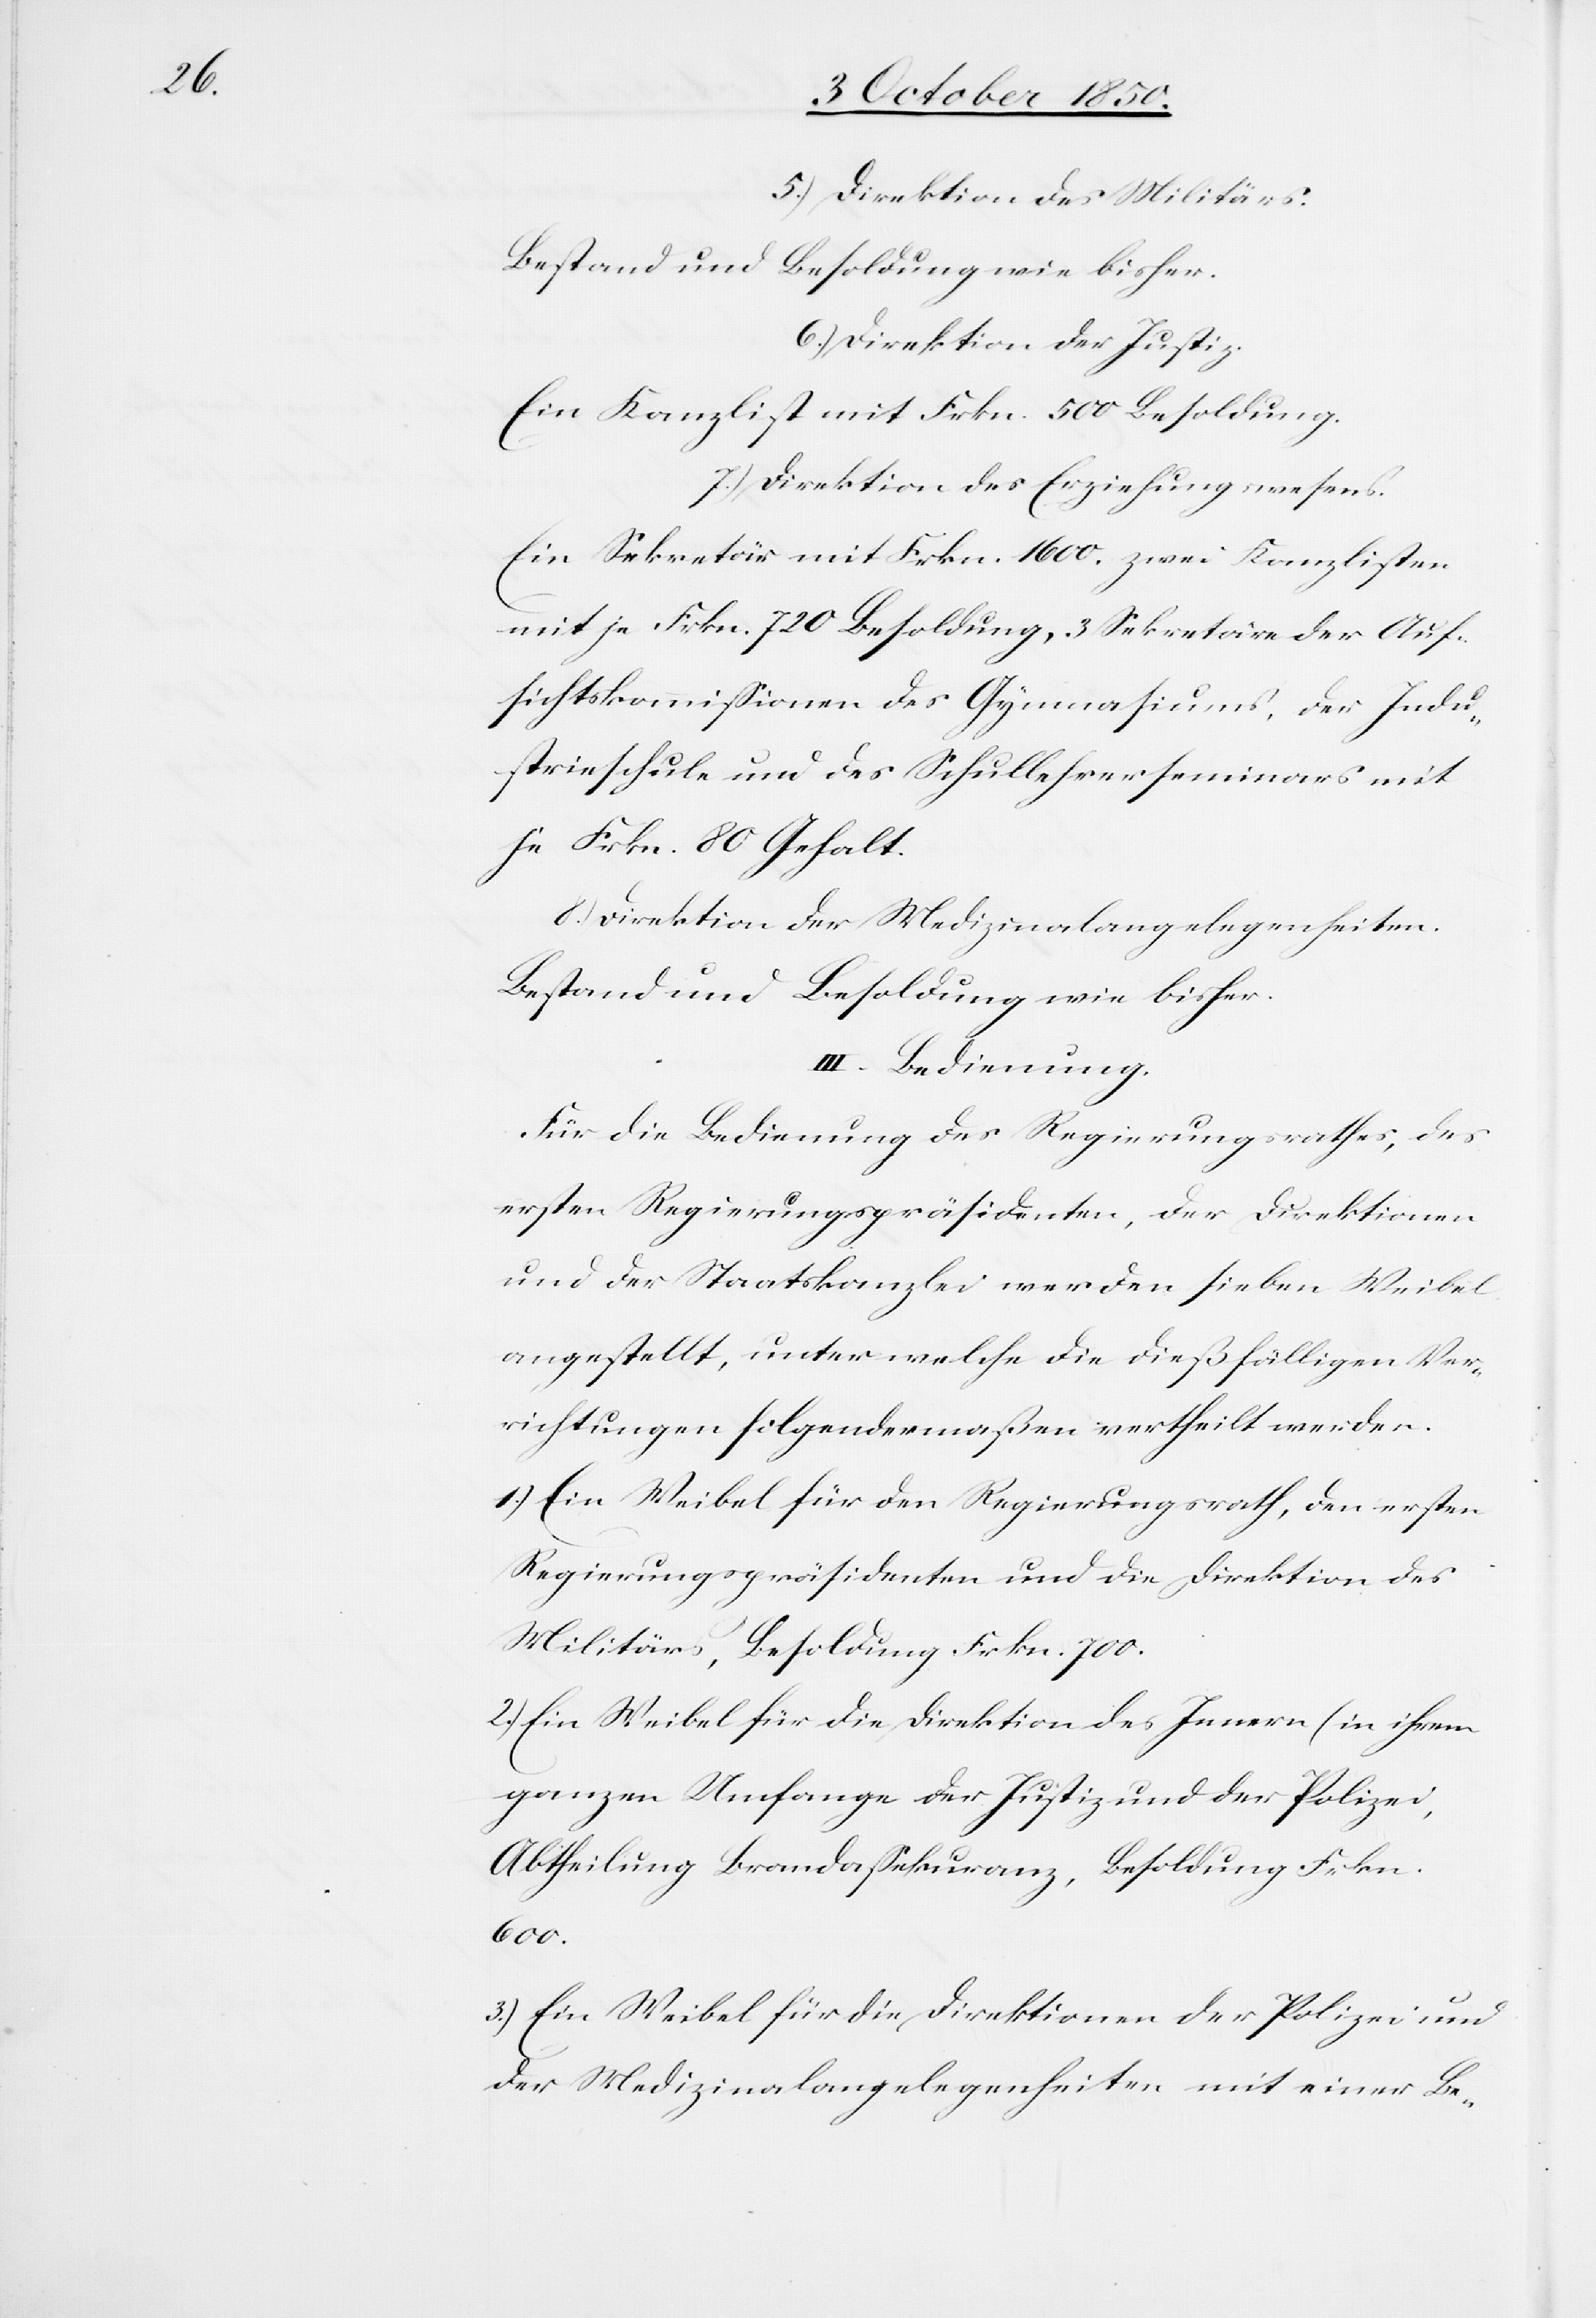
5.) Direktion des Militärs.
Bestand und Besoldung wie bisher.
6.) Direktion der Justiz.
Ein Kanzlist mit Frkn. 500 Besoldung.
7.) Direktion des Erziehungswesens.
Ein Sekretär mit Frkn. 1600. zwei Kanzlisten
mit je Frkn. 720 Besoldung, 3 Sekretäre der Auf¬
sichtskommissionen des Gymnasiums, der Indu¬
strieschule und des Schullehrerseminars mit
je Frkn. 80 Gehalt.
8.) Direktion der Medizinalangelegenheiten.
Bestand und Besoldung wie bisher.
III. Bedienung.
Für die Bedienung des Regierungsrathes, des
ersten Regierungspräsidenten, der Direktionen
und der Staatskanzlei werden sieben Weibel
angestellt, unter welche die dießfälligen Ver¬
richtungen folgendermaßen vertheilt werden.
1.) Ein Weibel für den Regierungsrath, den ersten
Regierungspräsidenten und die Direktion des
Militärs, Besoldung Frkn. 700.
2.) Ein Weibel für die Direktion des Innern ( in ihrem
ganzen Umfange der Justiz und der Polize¬
Abtheilung Brandassekuranz, Besoldung Frkn.
600.
3.) Ein Weibel für die Direktion der Polizei und
der Medizinalangelegenheiten mit einer Be-